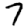
Digit: 7